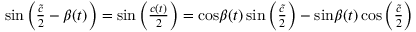
\begin{array} { r } { \mathrm { s i n } \left( { \frac { \tilde { c } } { 2 } } - \beta ( t ) \right) = \mathrm { s i n } \left( { \frac { c ( t ) } { 2 } } \right) = \mathrm { c o s } \beta ( t ) \, \mathrm { s i n } \left( { \frac { \tilde { c } } { 2 } } \right) - \mathrm { s i n } \beta ( t ) \, \mathrm { c o s } \left( { \frac { \tilde { c } } { 2 } } \right) } \end{array}